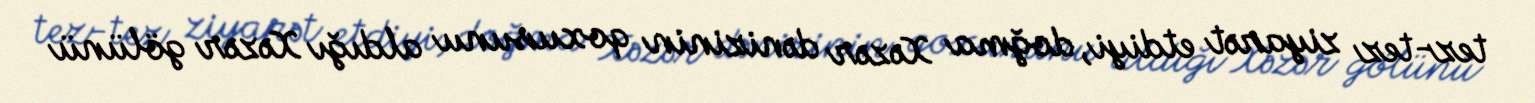
tez-tez ziyarət etdiyi, doğma Xəzər dənizinin qoxusunu aldığı Xəzər gölünü